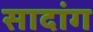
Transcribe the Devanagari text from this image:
सादांग